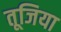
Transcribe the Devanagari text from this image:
तूजिया